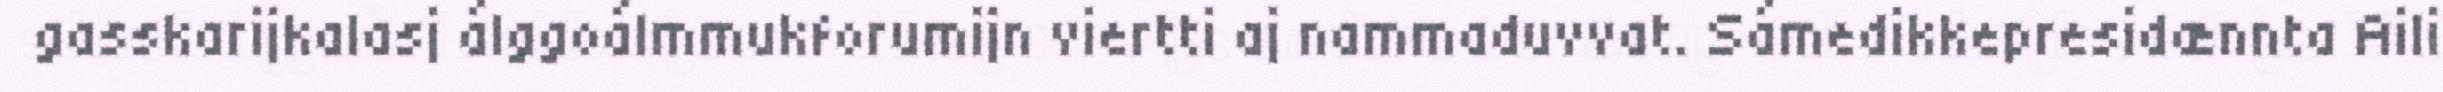
gasskarijkalasj álggoálmmukforumijn viertti aj nammaduvvat. Sámedikkepresidænnta Aili